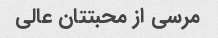
مرسی از محبتتان عالی